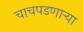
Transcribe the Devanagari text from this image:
चाचपडणार्‍या